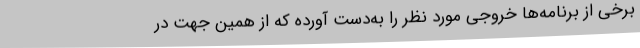
برخی از برنامه‌ها خروجی مورد نظر را به‌دست آورده که از همین جهت در